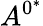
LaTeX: A^{0^{*}}